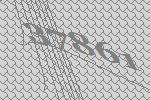
37861